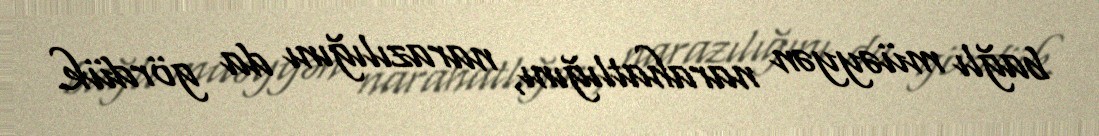
bağlı müəyyən narahatlığını, narazılığını da gördük.